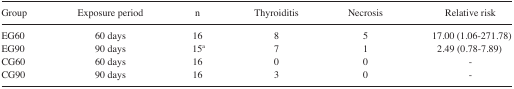
<table><thead><tr><td><b>Group</b></td><td><b>Exposure period</b></td><td><b>n</b></td><td><b>Thyroiditis</b></td><td><b>Necrosis</b></td><td><b>Relative risk</b></td></tr></thead><tbody><tr><td>EG60</td><td>60 days</td><td>16</td><td>8</td><td>5</td><td>17.00 (1.06–271.78)</td></tr><tr><td>EG90</td><td>90 days</td><td>15<sup>a</sup></td><td>7</td><td>1</td><td>2.49 (0.78–7.89)</td></tr><tr><td>CG60</td><td>60 days</td><td>16</td><td>0</td><td>0</td><td>-</td></tr><tr><td>CG90</td><td>90 days</td><td>16</td><td>3</td><td>0</td><td>-</td></tr></tbody></table>